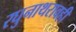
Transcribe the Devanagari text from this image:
रघुनाथरावही